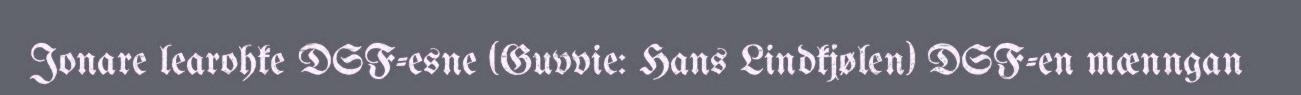
Jonare learohke DSF-esne (Guvvie: Hans Lindkjølen) DSF-en mænngan